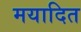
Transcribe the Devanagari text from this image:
मयादित